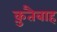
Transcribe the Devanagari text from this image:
क़ुतैबाह